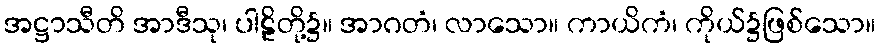
အဋ္ဌာသီတိ အာဒီသု၊ ပါဠိတို့၌။ အာဂတံ၊ လာသော။ ကာယိကံ၊ ကိုယ်၌ဖြစ်သော။